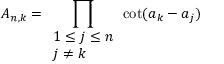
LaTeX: A _ { n , k } = \prod _ { \begin{array} { l } { 1 \leq j \leq n } \\ { j \neq k } \end{array} } \cot ( a _ { k } - a _ { j } )